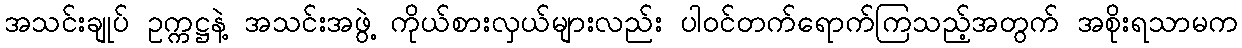
အသင်းချုပ် ဥက္ကဋ္ဌနဲ့ အသင်းအဖွဲ့ ကိုယ်စားလှယ်များလည်း ပါဝင်တက်ရောက်ကြသည့်အတွက် အစိုးရသာမက